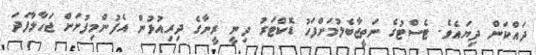
ދައްކަން ދިޔައެވެ. ޓެސްޓުގެ ނަތީޖާބެލުމަށްފަހު ޑޮކްޓަރު ދިނީ ރީނާގެ ދިރިއުޅުން އެފުންމިފުށަށް ޖަހާލާފަދަ